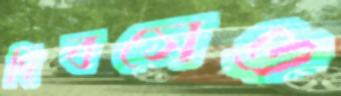
দিবসেও